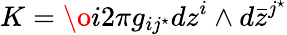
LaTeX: K=\o{i}{2\pi}g_{ij^{\star}}dz^{i}\wedge d{\bar{z}}^{j^{\star}}